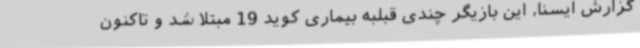
گزارش ایسنا، این بازیگر چندی قبلبه بیماری کوید 19 مبتلا شد و تاکنون